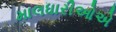
માલધારીઓએ